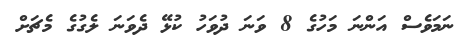
ނަމަވެސް އަންނަ މަހުގެ 8 ވަނަ ދުވަހު ކުޅޭ ދެވަނަ ލެގުގެ މެޗަށް